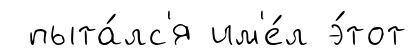
пыта́лс'я им'е́л э́тот